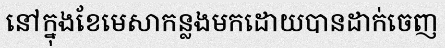
នៅក្នុងខែមេសាកន្លងមកដោយបានដាក់ចេញ